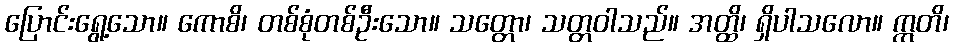
ပြောင်းရွေ့သော။ ကောစိ၊ တစ်စုံတစ်ဦးသော။ သတ္တော၊ သတ္တဝါသည်။ အတ္ထိ၊ ရှိပါသလော။ ဣတိ၊